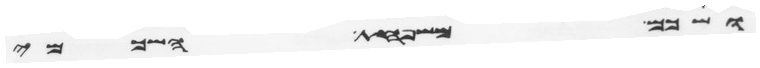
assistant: ושכם משפחת השכמי